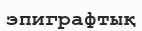
эпиграфтық